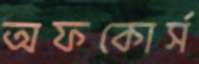
অফকোর্স